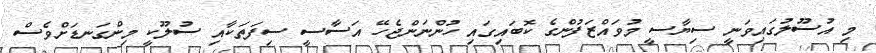
މި އުސޫލުގައިވަނީ ސިޔާސީ މުވައްޒަފުންގެ ކޮބައިގައި ހުންނަންޖެހޭ އަސާސީ ސިފަތަކާއި ސުލޫކީ މިންގަނޑަށްވެސް